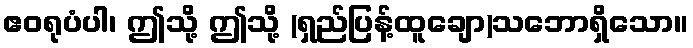
ဧဝရုပံပါ၊ ဤသို့ ဤသို့ (ရှည်ပြန့်ထူချော)သဘောရှိသော။